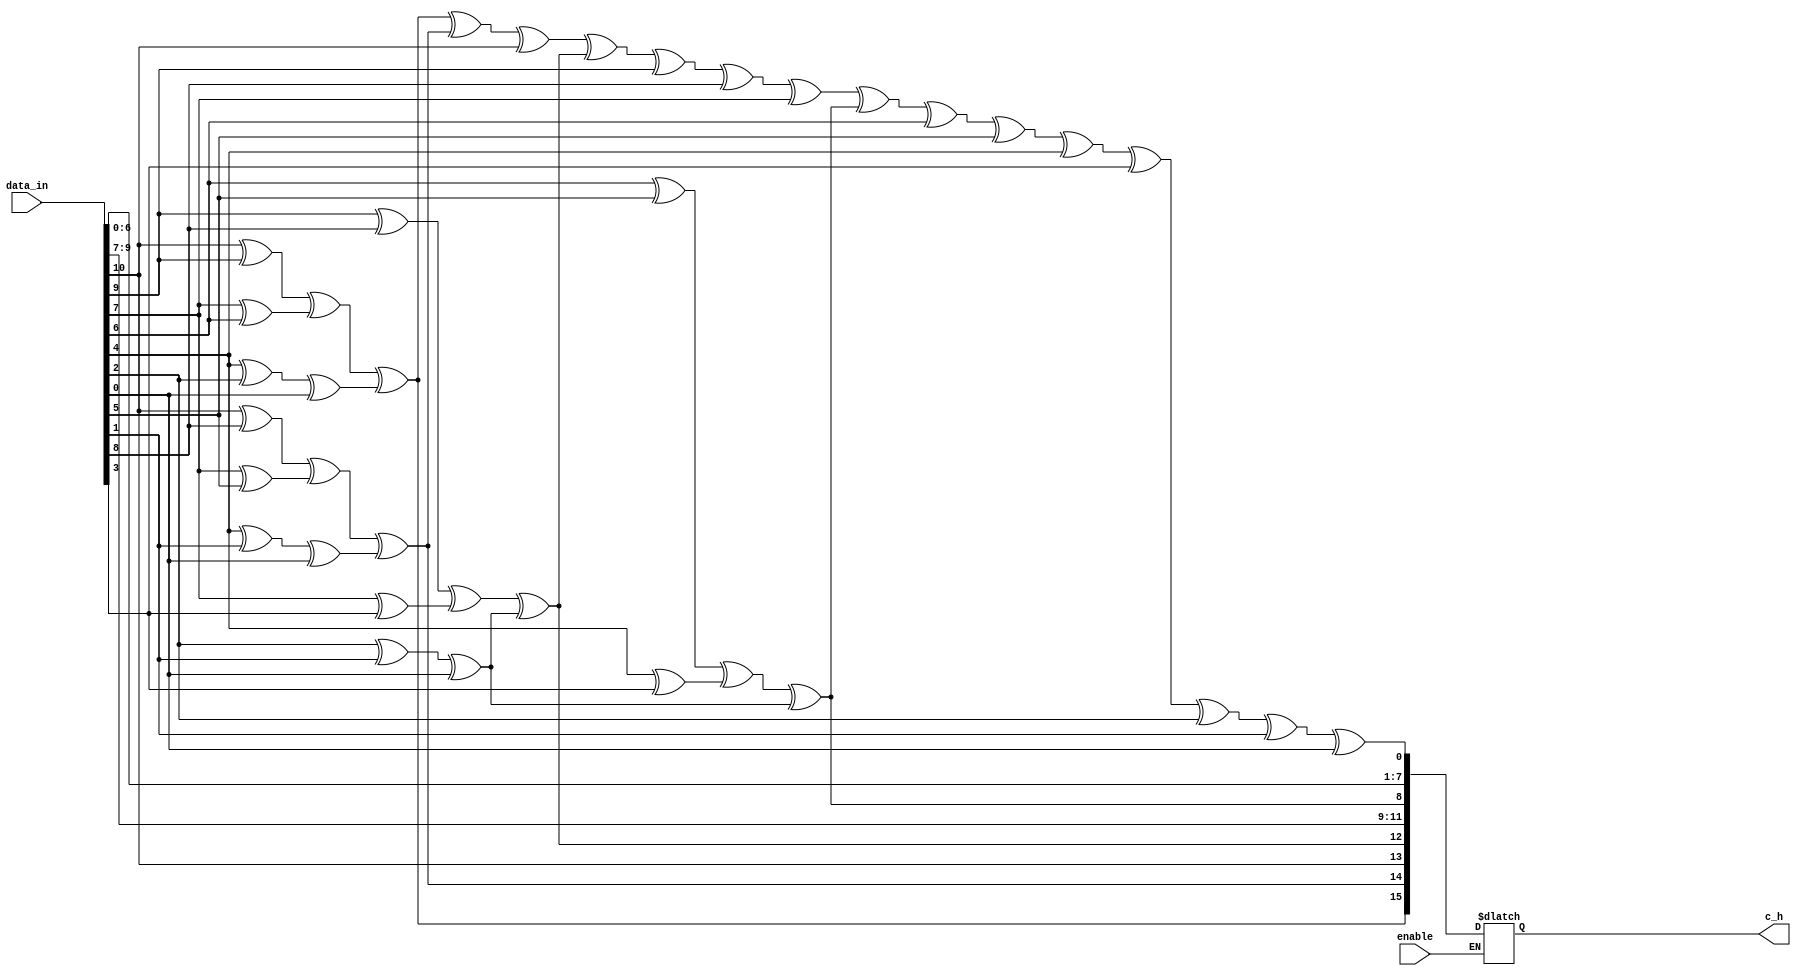
module encoder_hamming(
    input wire [0:10] data_in,
    output reg [0:15] c_h,
	input wire enable
	);

  reg [3:0]p;
  reg bit_parity; //bit de paridade
 
  always @(*) begin
    if(enable == 1'b1) begin
     	p[0] = ((data_in[0] ^ data_in[1]) ^ (data_in[3] ^ data_in[4])) ^ ((data_in[6] ^ data_in[8]) ^ data_in[10]);  
      	p[1] = ((data_in[0] ^ data_in[2]) ^ (data_in[3] ^ data_in[5])) ^ ((data_in[6] ^ data_in[9]) ^ data_in[10]);
        p[2] = ((data_in[1] ^ data_in[2]) ^ (data_in[3] ^ data_in[7])) ^ ((data_in[8] ^ data_in[9]) ^ data_in[10]);
        p[3] = ((data_in[4] ^ data_in[5]) ^ (data_in[6] ^ data_in[7])) ^ ((data_in[8] ^ data_in[9]) ^ data_in[10]);
    
    
    	c_h[0] = p[0];
    	c_h[1] = p[1];
    	c_h[2] = data_in[0];
    	c_h[3] = p[2];
    	c_h[4] = data_in[1];
    	c_h[5] = data_in[2];
    	c_h[6] = data_in[3];
    	c_h[7] = p[3];
    	c_h[8] = data_in[4];
    	c_h[9] = data_in[5];
    	c_h[10] = data_in[6];
    	c_h[11] = data_in[7];
    	c_h[12] = data_in[8];
    	c_h[13] = data_in[9];
    	c_h[14] = data_in[10];
      	
      	bit_parity =  c_h[0] ^ c_h[1] ^ c_h[2] ^ c_h[3] ^ c_h[4] ^ c_h[5] ^ c_h[6] ^ c_h[7] ^ c_h[8] ^ c_h[9] ^ c_h[10] ^ c_h[11] ^ c_h[12] ^ c_h[13] ^ c_h[14]; 
      	
        c_h[15] = bit_parity; // bit de paridade
      	
    end
  end

endmodule